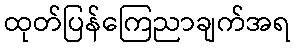
ထုတ်ပြန်ကြေညာချက်အရ